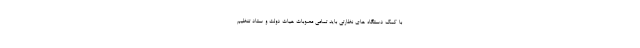
با کمک دستگاه های نظارتی باید تمامی مصوبات هیات دولت و ستاد تنظیم